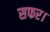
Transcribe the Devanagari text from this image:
सफर।